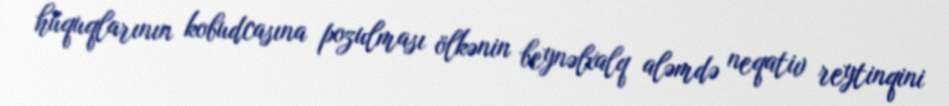
hüquqlarının kobudcasına pozulması ölkənin beynəlxalq aləmdə neqativ reytinqini